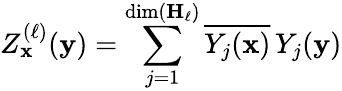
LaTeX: Z_{\mathbf{x}}^{(\ell)}({\mathbf{y}})=\sum_{j=1}^{\dim(\mathbf{H}_{\ell})}{\overline{{Y_{j}({\mathbf{x}})}}}\, Y_{j}({\mathbf{y}})